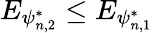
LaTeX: E_{\psi_{n,2}^{*}}\leq E_{\psi_{n,1}^{*}}